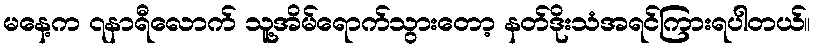
မနေ့က ၇နာရီလောက် သူ့အိမ်ရောက်သွားတော့ နတ်ဒိုးသံအရင်ကြားရပါတယ်။